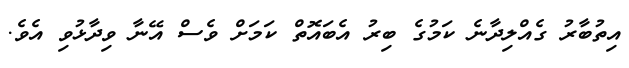
އިތުބާރު ގެއްލިދާނެ ކަމުގެ ބިރު އެބައޮތް ކަމަށް ވެސް އޭނާ ވިދާޅުވި އެވެ.